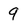
Character: 9